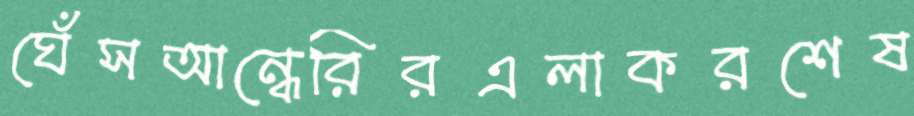
ঘেঁসআন্ধেরিরএলাকরশেষ